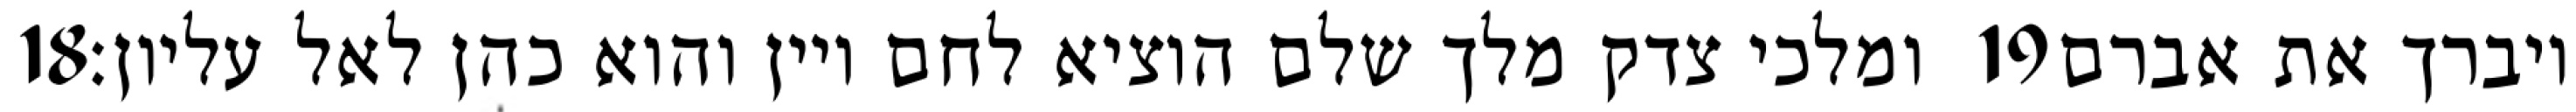
‎18‏ ומלכי צדק מלך שלם הוציא לחם ויין והוא כהן לאל עליון׃ ‎19‏ ויברך את אברם